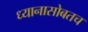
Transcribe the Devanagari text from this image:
ध्यानासोबतच